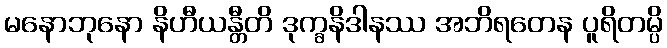
မနောဘုနော နိဟီယန္တီတိ ဒုက္ခနိဒါနဿ အဘိရတေန ပူရိတမ္ပိ